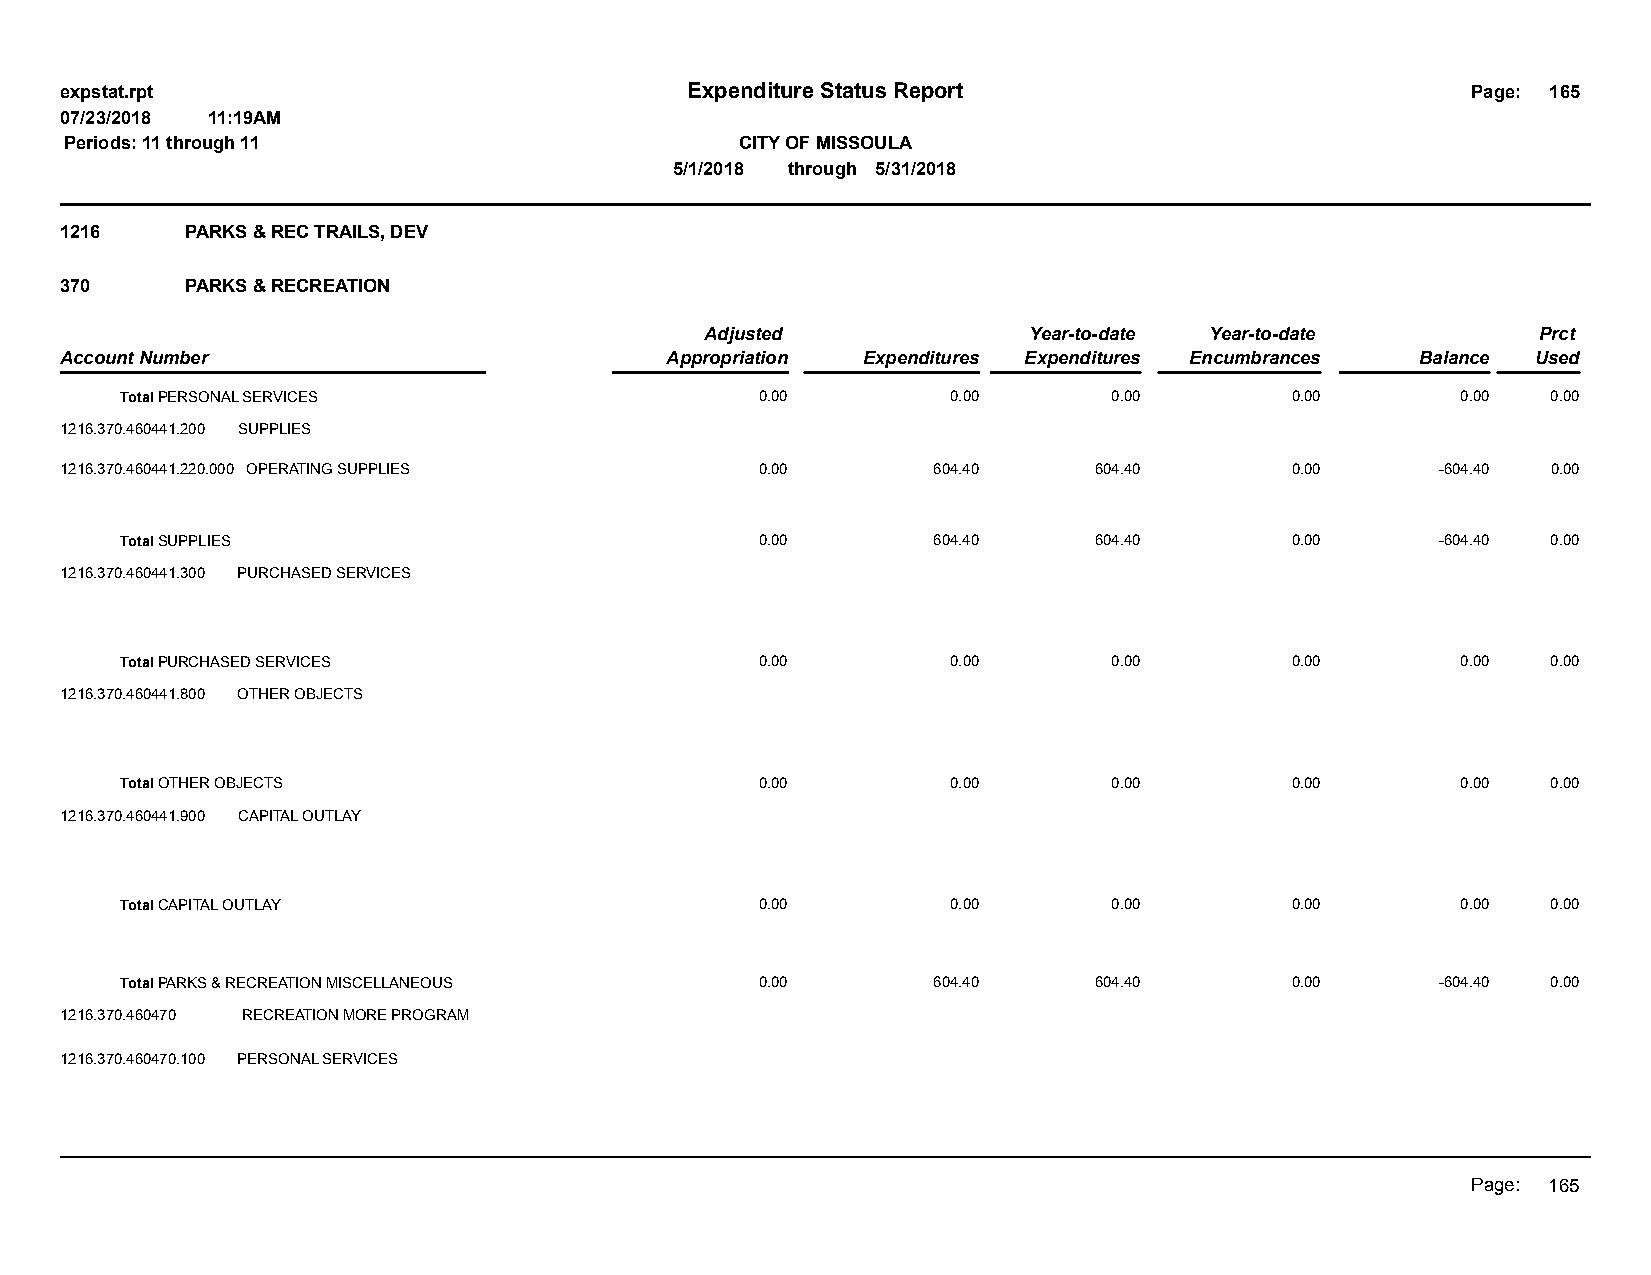
expstat.rpt                              Expenditure Status Report                           Page: 165
 07/23/2018 11:19AM
 Periods: 11 through 11                       CITY OF MISSOULA
 5/1/2018 through 5/31/2018
 1216    PARKS & REC TRAILS, DEV
 370     PARKS & RECREATION
 Adjusted             Year-to-date Year-to-date         Prct
 Account Number                          Appropriation Expenditures Expenditures Encumbrances Balance Used
 Total PERSONAL SERVICES                   0.00         0.00       0.00       0.00        0.00  0.00
 1216.370.460441.200 SUPPLIES
 1216.370.460441.220.000 OPERATING SUPPLIES    0.00        604.40    604.40       0.00      -604.40 0.00
 Total SUPPLIES                            0.00        604.40    604.40       0.00      -604.40 0.00
 1216.370.460441.300 PURCHASED SERVICES
 Total PURCHASED SERVICES                  0.00         0.00       0.00       0.00        0.00  0.00
 1216.370.460441.800 OTHER OBJECTS
 Total OTHER OBJECTS                       0.00         0.00       0.00       0.00        0.00  0.00
 1216.370.460441.900 CAPITAL OUTLAY
 Total CAPITAL OUTLAY                      0.00         0.00       0.00       0.00        0.00  0.00
 Total PARKS & RECREATION MISCELLANEOUS    0.00        604.40    604.40       0.00      -604.40 0.00
 1216.370.460470 RECREATION MORE PROGRAM
 1216.370.460470.100 PERSONAL SERVICES
 Page: 165